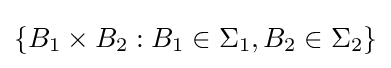
\{B_{1}\times B_{2}:B_{1}\in \Sigma _{1},B_{2}\in \Sigma _{2}\}